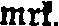
mrk.